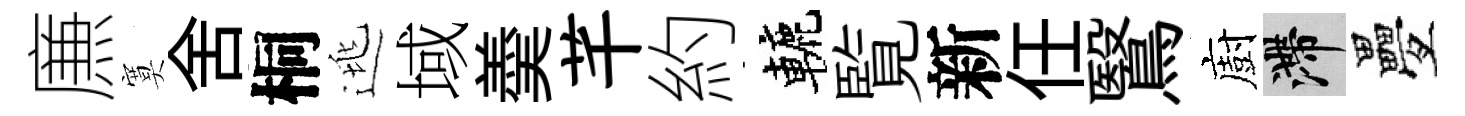
㢘寞舍桐逃域羮芊約轆覧新任鷖廚滯疊